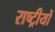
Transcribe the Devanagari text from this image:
राष्ट्रीयों